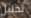
تحليل